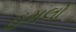
હૂમલો